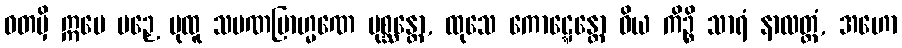
ဝတမှိ ဣမေ ပဉှေ ပုထူ သမဏဗြာဟ္မဏေ ပုစ္ဆန္တော, ထုသေ ကောဋ္ဋေန္တော ဝိယ ကိဉ္စိ သာရံ နာလတ္ထံ, အဟော